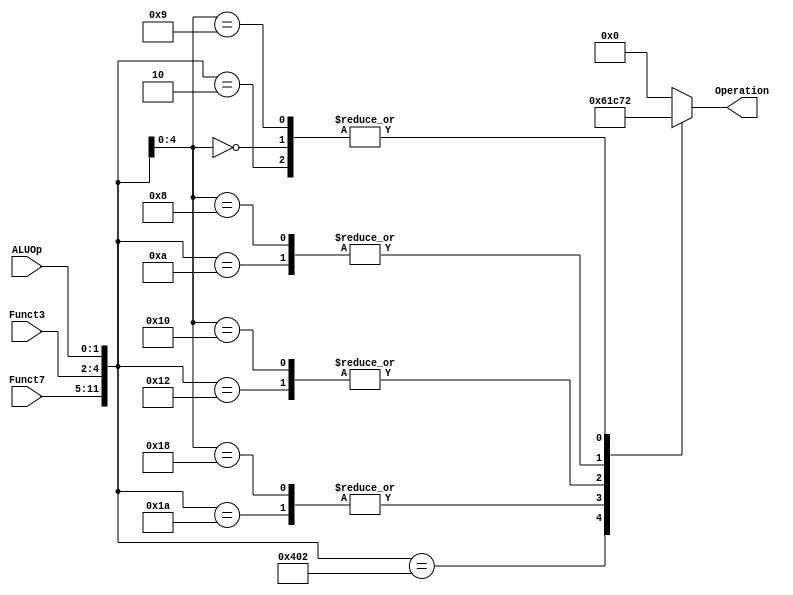
`timescale 1ns / 1ps

module ALUController(
    ALUOp, Funct7, Funct3, Operation
    );
    
input [1:0] ALUOp;
input [6:0] Funct7;
input [2:0] Funct3;
output reg [3:0] Operation;
wire [11:0] ALU_In;
assign ALU_In = {Funct7, Funct3, ALUOp};
always @(ALU_In)
    casex (ALU_In)
    12'b000000011110: Operation = 4'b0000;
    12'b000000011010: Operation = 4'b0001;
    12'b000000010010: Operation = 4'b1100;
    12'b000000001010: Operation = 4'b0111;
    12'b000000000010: Operation = 4'b0010;
    12'b010000000010: Operation = 4'b0110;
    12'bxxxxxxx11100: Operation = 4'b0000;
    12'bxxxxxxx11000: Operation = 4'b0001;
    12'bxxxxxxx10000: Operation = 4'b1100;
    12'bxxxxxxx01000: Operation = 4'b0111;
    12'bxxxxxxx00000: Operation = 4'b0010;
    12'bxxxxxxx01001: Operation = 4'b0010;
    12'bxxxxxxx01001: Operation = 4'b0010;
    default: Operation = 4'b0000;
    endcase
    
endmodule